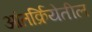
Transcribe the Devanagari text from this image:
आंतर्क्रियेतील